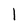
Character: l